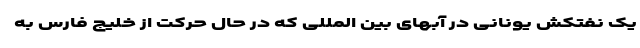
یک نفتکش یونانی در آبهای بین المللی که در حال حرکت از خلیج فارس به